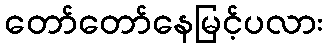
တော်တော်နေမြင့်ပလား